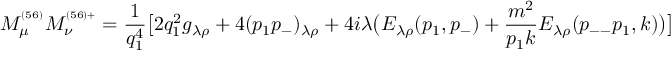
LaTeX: M _ { \mu } ^ { ^ { ( 5 6 ) } } M _ { \nu } ^ { ^ { ( 5 6 ) + } } = \frac { 1 } { q _ { 1 } ^ { 4 } } \bigl [ 2 q _ { 1 } ^ { 2 } g _ { \lambda \rho } + 4 ( p _ { 1 } p _ { - } ) _ { \lambda \rho } + 4 i \lambda \bigl ( E _ { \lambda \rho } ( p _ { 1 } , p _ { - } ) + \frac { m ^ { 2 } } { p _ { 1 } k } E _ { \lambda \rho } ( p _ { -- } p _ { 1 } , k ) \bigr ) \bigr ]